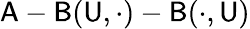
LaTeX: \mathsf{A}-\mathsf{B}(\mathsf{U},\cdot)-\mathsf{B}(\cdot,\mathsf{U})